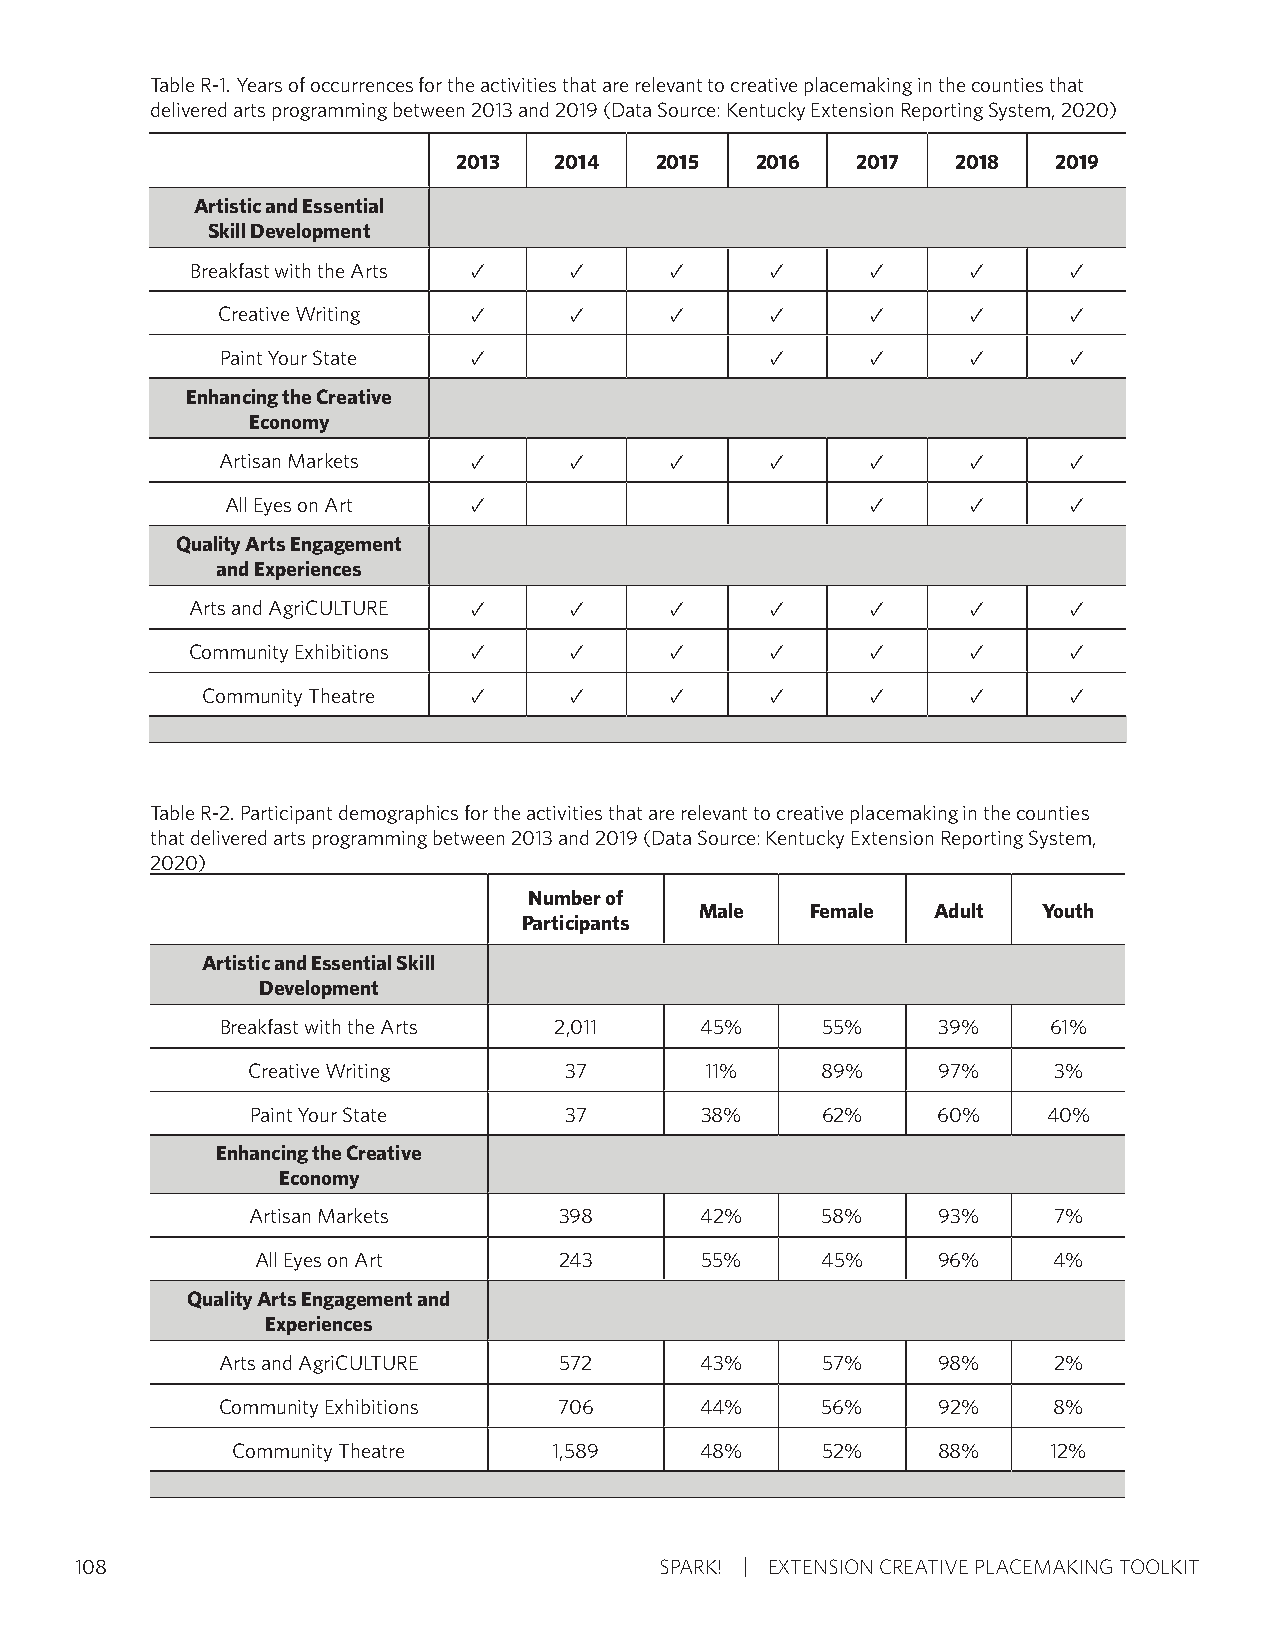
Table R-1. Years of occurrences for the activities that are relevant to creative placemaking in the counties that
 delivered arts programming between 2013 and 2019 (Data Source: Kentucky Extension Reporting System, 2020)
 2013   2014  2015   2016   2017  2018   2019
 AArrttiissttiicc aanndd EEsssseennttiiaall
 SSkkiillll DDeevveellooppmmeenntt
 Breakfast with the Arts ✓ ✓    ✓      ✓      ✓     ✓      ✓
 Creative Writing ✓      ✓     ✓      ✓      ✓     ✓      ✓
 Paint Your State ✓                  ✓      ✓     ✓      ✓
 Enhancing the Creative
 Economy
 Artisan Markets  ✓      ✓     ✓      ✓      ✓     ✓      ✓
 All Eyes on Art ✓                          ✓     ✓      ✓
 Quality Arts Engagement
 and Experiences
 Arts and AgriCULTURE ✓   ✓     ✓      ✓      ✓     ✓      ✓
 Community Exhibitions ✓   ✓     ✓      ✓      ✓     ✓      ✓
 Community Theatre ✓      ✓     ✓      ✓      ✓     ✓      ✓
 Table R-2. Participant demographics for the activities that are relevant to creative placemaking in the counties
 that delivered arts programming between 2013 and 2019 (Data Source: Kentucky Extension Reporting System,
 2020)
 Number of
 Male    Female  Adult  Youth
 Participants
 AArrttiissttiicc aanndd EEsssseennttiiaall SSkkiillll
 DDeevveellooppmmeenntt
 Breakfast with the Arts 2,011  45%     55%     39%    61%
 Creative Writing     37        11%    89%     97%     3%
 Paint Your State    37       38%     62%     60%    40%
 Enhancing the Creative
 Economy
 Artisan Markets      398      42%     58%     93%     7%
 All Eyes on Art     243      55%     45%     96%     4%
 Quality Arts Engagement and
 Experiences
 Arts and AgriCULTURE  572      43%     57%     98%     2%
 Community Exhibitions  706      44%     56%     92%     8%
 Community Theatre     1,589    48%     52%     88%     12%
 108                                    SPARK! EXTENSION CREATIVE PLACEMAKING TOOLKIT